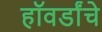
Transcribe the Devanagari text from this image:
हॉवर्डांचे